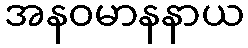
အနဝမာနနာယ